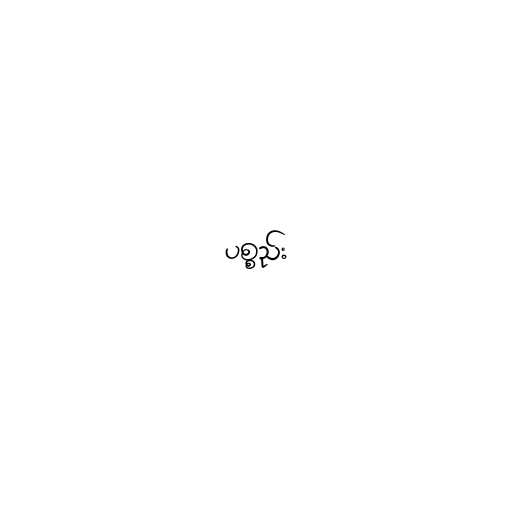
ပစ္စည်း